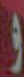
و